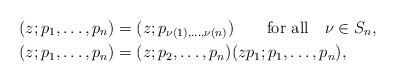
LaTeX: \begin{align*}&(z;p_1,\dots,p_n)=(z;p_{\nu(1),\dots,\nu(n)})\qquad\textrm{for all}\quad\nu\in S_n,\\&(z;p_1,\dots,p_n)=(z;p_2,\dots,p_n)(zp_1;p_1,\dots,p_n),\end{align*}